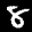
Label: 8